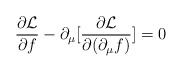
\begin{align*}\frac{\partial {\cal L}}{\partial f}- \partial_{\mu} [\frac{\partial {\cal L}}{\partial (\partial_\mu f)}] = 0\end{align*}